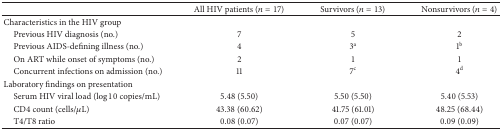
<table><thead><tr><td><b> </b></td><td><b>All HIV patients (<i>n</i> = 17)</b></td><td><b>Survivors (<i>n</i> = 13)</b></td><td><b>Nonsurvivors (<i>n</i> = 4)</b></td></tr></thead><tbody><tr><td>Characteristics in the HIV group</td><td> </td><td> </td><td> </td></tr><tr><td> Previous HIV diagnosis (no.)</td><td>7</td><td>5</td><td>2</td></tr><tr><td> Previous AIDS-defining illness (no.)</td><td>4</td><td>3<sup>a</sup></td><td>1<sup>b</sup></td></tr><tr><td> On ART while onset of symptoms (no.)</td><td>2</td><td>1</td><td>1</td></tr><tr><td> Concurrent infections on admission (no.)</td><td>11</td><td>7<sup>c</sup></td><td>4<sup>d</sup></td></tr><tr><td>Laboratory findings on presentation</td><td></td><td> </td><td> </td></tr><tr><td> Serum HIV viral load (log⁡10 copies/mL)</td><td>5.48 (5.50)</td><td>5.50 (5.50)</td><td>5.40 (5.53)</td></tr><tr><td> CD4 count (cells/<i>μ</i>L)</td><td>43.38 (60.62)</td><td>41.75 (61.01)</td><td>48.25 (68.44)</td></tr><tr><td> T4/T8 ratio</td><td>0.08 (0.07)</td><td>0.07 (0.07)</td><td>0.09 (0.09)</td></tr></tbody></table>